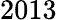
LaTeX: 2013